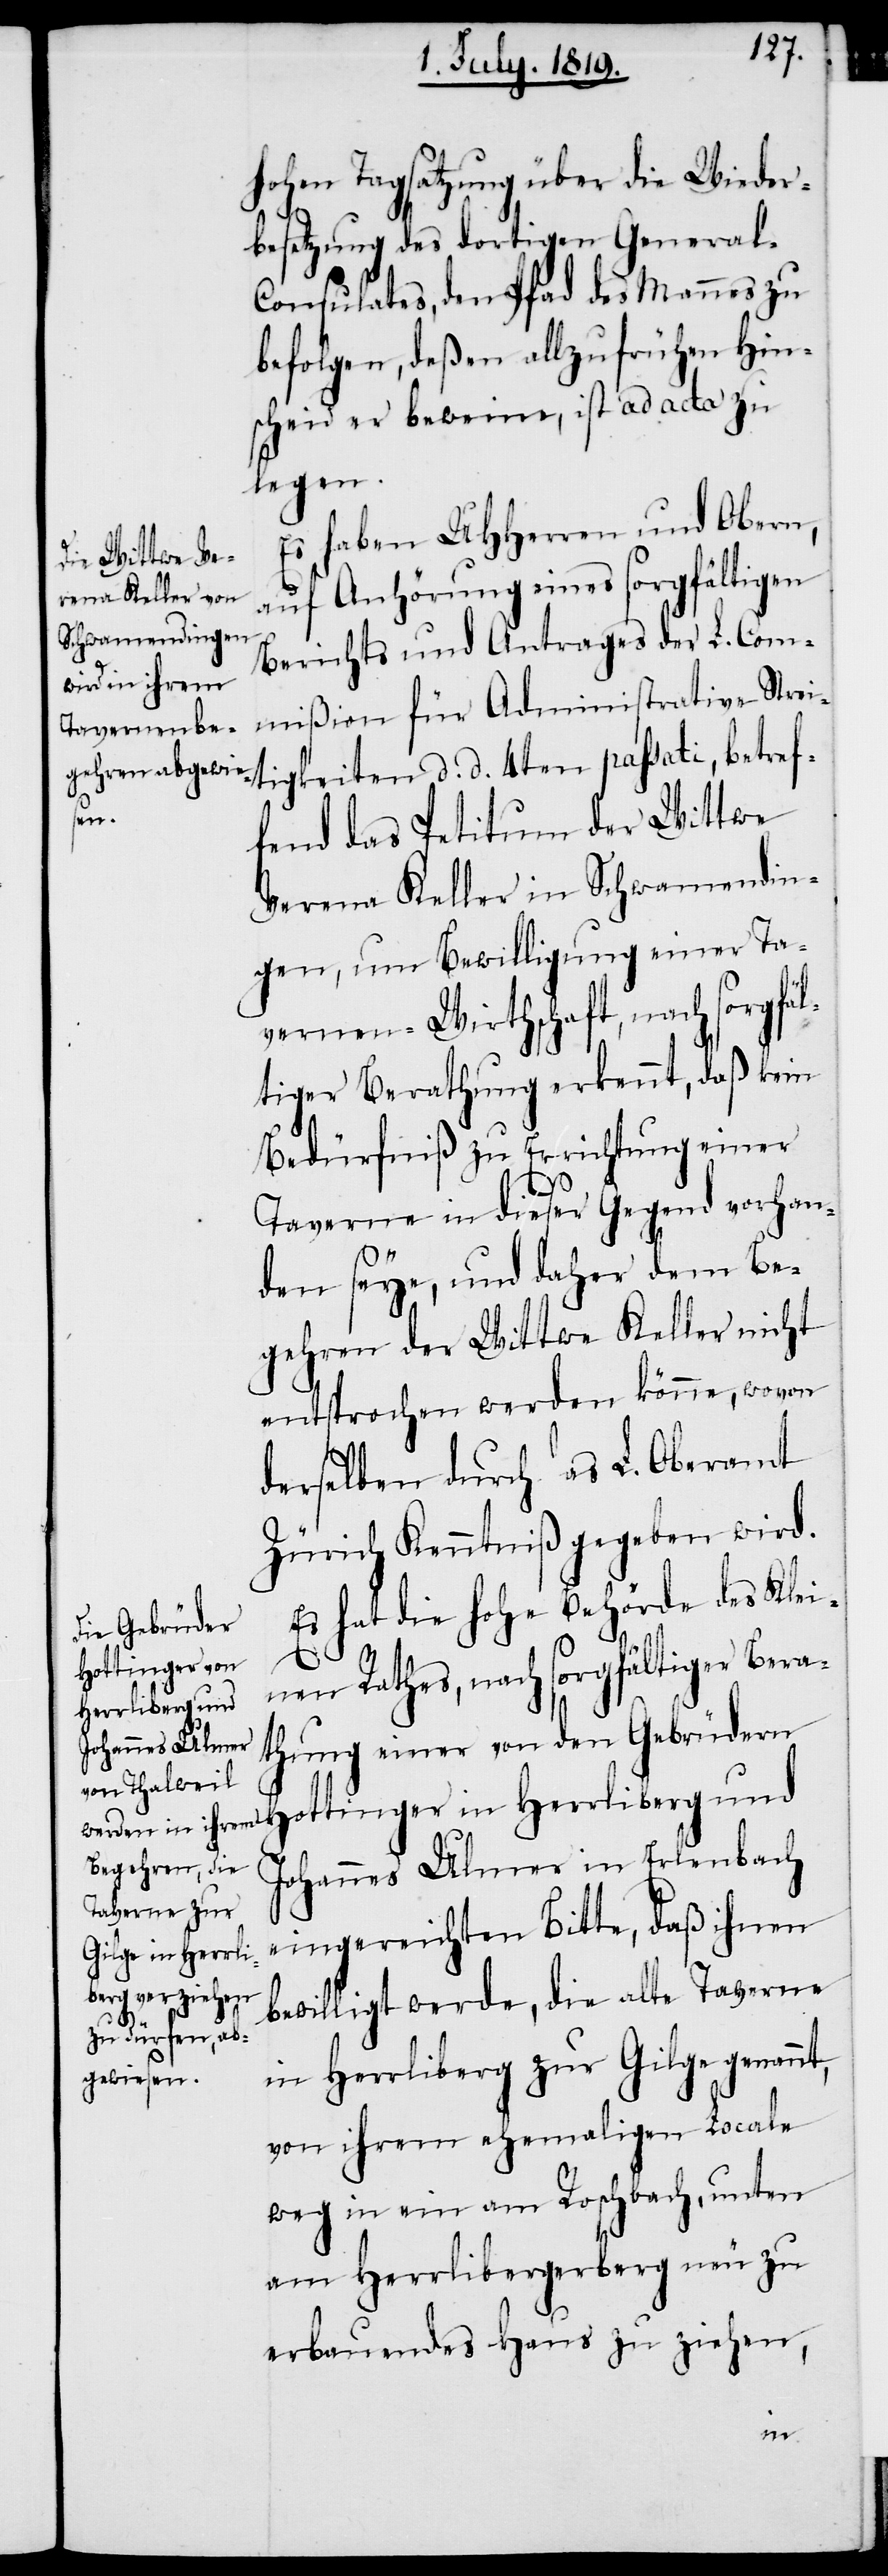
hohen Tagsatzung über die Wieder¬
besetzung des dortigen Genera¬
l-Consulates, den Pfad des Mannes zu
befolgen, deßen allzufrühen Hin¬
scheid er beweine, ist ad acta zu
legen.
Es haben UHHerren und Obern,
auf Anhörung eines sorgfältigen
Berichts und Antrages der L. Com¬
mißion für Administrative Strei¬
tigkeiten d. d. 4ten passati, betref¬
fend das Petitum der Wittwe
Verena Keller in Schwamendin¬
gen, um Bewilligung einer Ta¬
vernen-Wirthschaft, nach sorgfäl¬
tiger Berathung erkennt, daß kein
Bedürfniß zu Errichtung einer
Taverne in dieser Gegend vorhan¬
den seye, und daher dem Be¬
gehren der Wittwe Keller nicht
entsprochen werden könne, wovon
derselben durch das L. Oberamt
Zürich Kenntniß gegeben wird.
Es hat die hohe Behörde des Klei¬
Hottinger in
nen Rathes, nach sorgfältiger Bera¬
Herrliberg und
thung einer von den Gebrüdern
Johannes Ulmer in Erlenbach
eingereichten Bitte, daß ihnen
bewilligt werde, die alte Taverne
in Herrliberg zur Gilge genannt,
von ihrem ehemaligen Locale
weg in ein am Roschbach, unten
am Herrlibergerberg neu zu
erbauendes Haus zu ziehen,